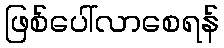
ဖြစ်ပေါ်လာစေရန်